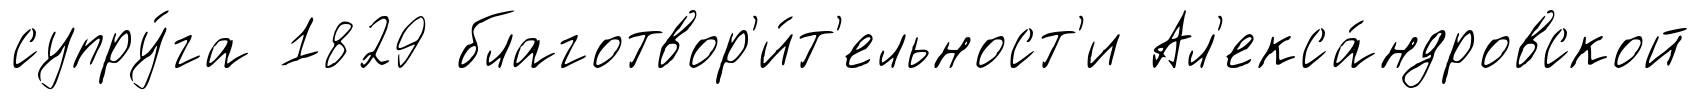
супру́га 1829 благотвор'и́т'ельност'и Ал'екса́ндровской